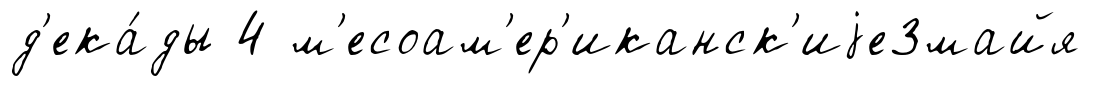
д'ека́ды 4 м'есоам'ер'иканск'иjе3майя